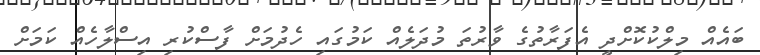
ބައެއް މިލްކުކޮށްދީ އެފަރާތުގެ ވާރުތަ މުދަލެއް ކަމުގައި ހެދުމަށް ފާސްކުރި އިސްލާހެއް ކަމަށް